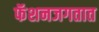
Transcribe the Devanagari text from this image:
फॅशनजगतात